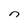
Character: n